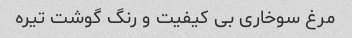
مرغ سوخاری بی کیفیت و رنگ گوشت تیره